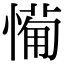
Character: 𢟡